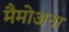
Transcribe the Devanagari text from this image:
मैमोअना